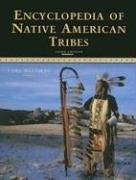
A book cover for Encyclopedia of Native American Tribes (Facts on File Library of American History); Carl Waldman; History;